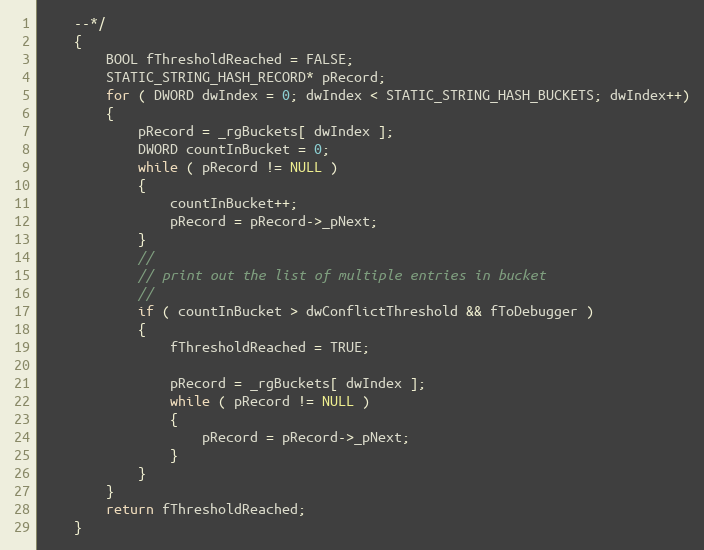
Language: C
    --*/
    {
        BOOL fThresholdReached = FALSE;
        STATIC_STRING_HASH_RECORD* pRecord;
        for ( DWORD dwIndex = 0; dwIndex < STATIC_STRING_HASH_BUCKETS; dwIndex++)
        {
            pRecord = _rgBuckets[ dwIndex ];
            DWORD countInBucket = 0;
            while ( pRecord != NULL )
            {
                countInBucket++;
                pRecord = pRecord->_pNext;
            }
            //
            // print out the list of multiple entries in bucket
            //
            if ( countInBucket > dwConflictThreshold && fToDebugger )
            {
                fThresholdReached = TRUE;

                pRecord = _rgBuckets[ dwIndex ];
                while ( pRecord != NULL )
                {
                    pRecord = pRecord->_pNext;
                }
            }
        }
        return fThresholdReached;
    }